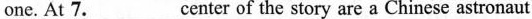
one.At 7.___ center of the story are a Chinese astronaut